Subject: math
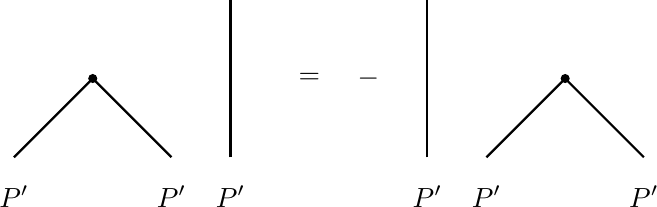
LaTeX code:
\begin{tikzpicture}
\draw [thick](0.5,-2) -- (1.5,-1) -- (2.5,-2);
\draw [thick](3.25,-2) -- (3.25,0);
\node at (4.25,-1) {=};
\node at (5,-1) {$-$};
\draw [thick](5.75,-2) -- (5.75,0);
\begin{scope}[shift={(6.5,0)}]
\draw [thick](0,-2) -- (1,-1) -- (2,-2);
\draw [black,fill=black] (1,-1) ellipse (0.05 and 0.05);
\end{scope}
\node at (0.5,-2.5) {$P'$};
\node at (2.5,-2.5) {$P'$};
\node at (3.25,-2.5) {$P'$};
\node at (5.75,-2.5) {$P'$};
\node at (6.5,-2.5) {$P'$};
\node at (8.5,-2.5) {$P'$};
\draw [black,fill=black] (1.5,-1) ellipse (0.05 and 0.05);
\end{tikzpicture}